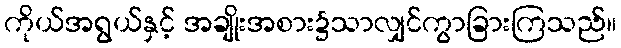
ကိုယ်အရွယ်နှင့် အချိုးအစား၌သာလျှင်ကွာခြားကြသည်။